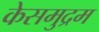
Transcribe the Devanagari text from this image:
केसमुद्रम